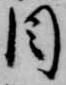
目